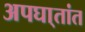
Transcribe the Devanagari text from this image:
अपघा्तांत